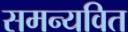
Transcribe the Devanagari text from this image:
समन्यवित